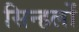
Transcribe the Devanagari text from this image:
सिन्हलों